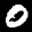
Label: 0